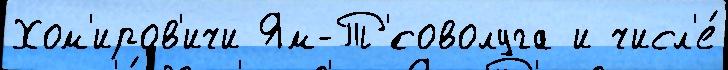
Хом'иров'ичи Ям-Т'́соволуга и числ'е́